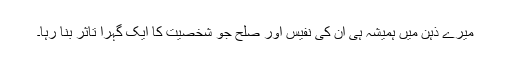
میرے ذہن میں ہمیشہ ہی ان کی نفیس اور صلح جْو شخصیت کا ایک گہرا تاثر بنا رہا۔